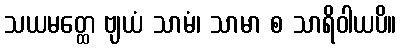
သယမတ္ထေ ဗျယံ သာမံ၊ သာမာ စ သာရိဝါယပိ။